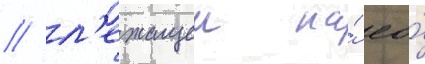
/ л'ежащеи на́ ео́